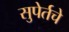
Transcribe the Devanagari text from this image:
सुपेर्तचे